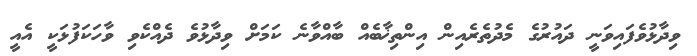
ވިދާޅުވެފައިވަނީ ދައުރުގެ މެދުތެރެއިން އިންތިޚާބެއް ބާއްވާނެ ކަމަށް ވިދާޅުވެ ދެއްކެވި ވާހަކަފުޅަކީ އެއީ